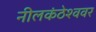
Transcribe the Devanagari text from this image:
नीलकंठेश्‍ववर